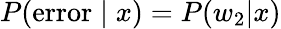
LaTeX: P({\mathrm{error}}\mid x)=P(w_{2}|x)